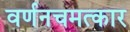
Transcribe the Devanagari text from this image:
वर्णनचमत्कार